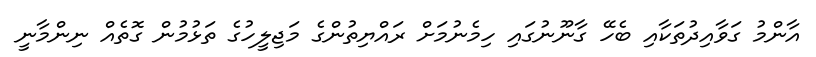
އާންމު ގަވާއިދުތަކާއި ބެހޭ ގާނޫނުގައި ހިމެނުމަށް ރައްޔިތުންގެ މަޖިލީހުގެ ތަޅުމުން ގޮތެއް ނިންމާނީ